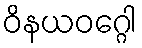
ဝိနယဝဂ္ဂေါ